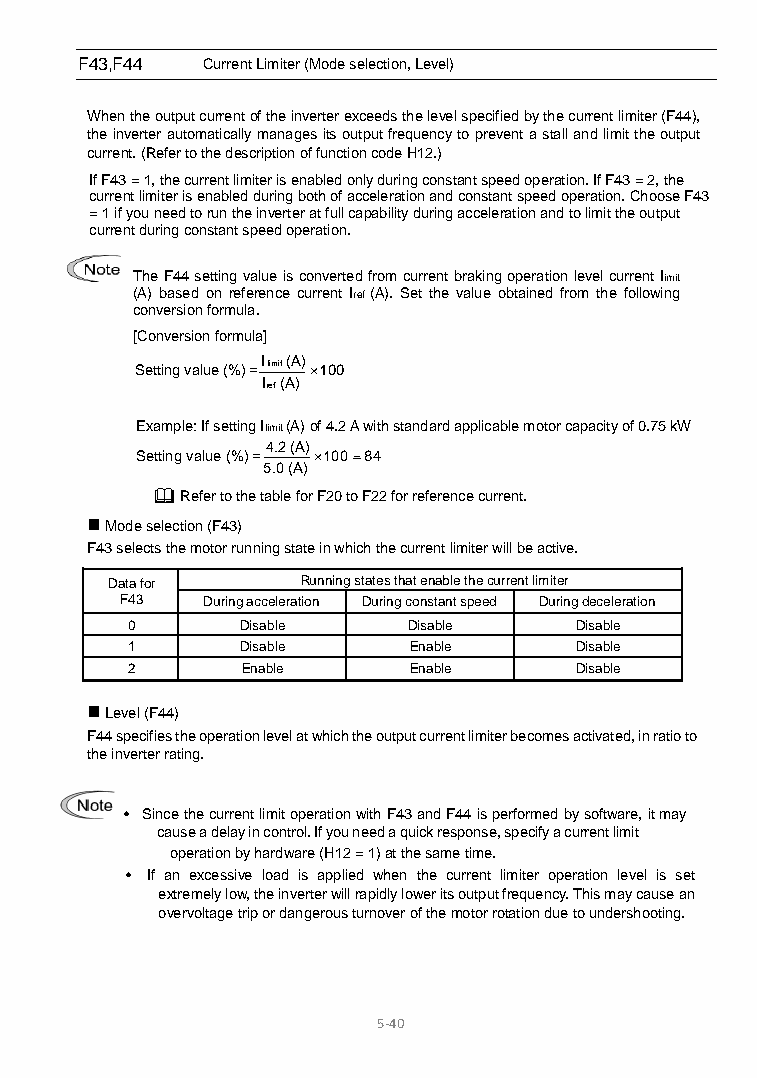
F43,F44 Current Limiter (Mode selection, Level)
 When the output current of the inverter exceeds the level specified by the current limiter (F44),
 the inverter automatically manages its output frequency to prevent a stall and limit the output
 current. (Refer to the description of function code H12.)
 If F43 = 1, the current limiter is enabled only during constant speed operation. If F43 = 2, the
 current limiter is enabled during both of acceleration and constant speed operation. Choose F43
 = 1 if you need to run the inverter at full capability during acceleration and to limit the output
 current during constant speed operation.
 The F44 setting value is converted from current braking operation level current Iimit
 (A) based on reference current Iref (A). Set the value obtained from the following
 conversion formula.
 [Conversion formula]
 Setting value (%) = I limit (A) × 100
 Iref (A)
 Example: If setting Ilimit (A) of 4.2 A with standard applicable motor capacity of 0.75 kW
 4.2 (A)
 Setting value (%) = × 100 = 84
 5.0 (A)
  Refer to the table for F20 to F22 for reference current.
  Mode selection (F43)
 F43 selects the motor running state in which the current limiter will be active.
 Data for     Running states that enable the current limiter
 F43  During acceleration During constant speed During deceleration
 0       Disable    Disable    Disable
 1       Disable    Enable     Disable
 2       Enable     Enable     Disable
  Level (F44)
 F44 specifies the operation level at which the output current limiter becomes activated, in ratio to
 the inverter rating.
 • Since the current limit operation with F43 and F44 is performed by software, it may
 cause a delay in control. If you need a quick response, specify a current limit
 operation by hardware (H12 = 1) at the same time.
 • If an excessive load is applied when the current limiter operation level is set
 extremely low, the inverter will rapidly lower its output frequency. This may cause an
 overvoltage trip or dangerous turnover of the motor rotation due to undershooting.
 5-40